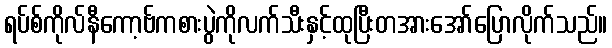
ရပ်စ်ကိုလ်နီကော့ဗ်ကစားပွဲကိုလက်သီးနှင့်ထုပြီးတအားအော်ပြောလိုက်သည်။